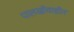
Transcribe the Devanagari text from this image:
पालखीवाडीत